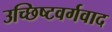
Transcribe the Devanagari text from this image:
उच्छिष्टवर्गवाद